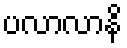
ပလာလာနိ